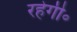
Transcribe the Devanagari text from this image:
रहेगी॰